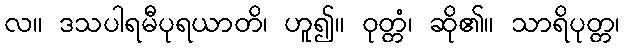
လ။ ဒသပါရမီပုရယာတိ၊ ဟူ၍။ ဝုတ္တံ၊ ဆို၏။ သာရိပုတ္တ၊